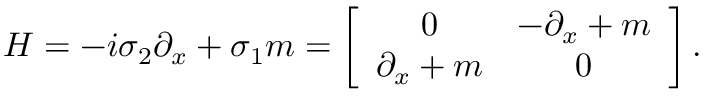
H = - i \sigma _ { 2 } \partial _ { x } + \sigma _ { 1 } m = \left[ \begin{array} { c c } { { 0 } } & { { - \partial _ { x } + m } } \\ { { \partial _ { x } + m } } & { { 0 } } \end{array} \right] .